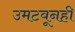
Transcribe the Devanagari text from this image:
उमटवूनही